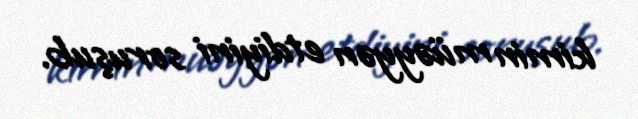
kimin müəyyən etdiyini soruşub.